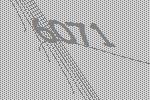
6071